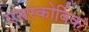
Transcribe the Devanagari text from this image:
एसस्कोर्बिक